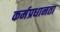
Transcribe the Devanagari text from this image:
कर्मप्रधानता